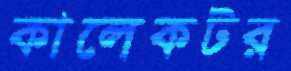
কালেকটর